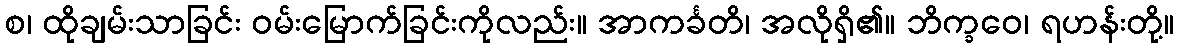
စ၊ ထိုချမ်းသာခြင်း ဝမ်းမြောက်ခြင်းကိုလည်း။ အာကင်္ခတိ၊ အလိုရှိ၏။ ဘိက္ခဝေ၊ ရဟန်းတို့။